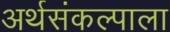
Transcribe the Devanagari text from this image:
अर्थसंकल्पाला